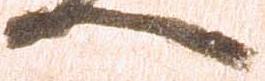
へ